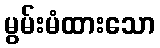
မွမ်းမံထားသော